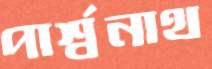
পার্শ্বনাথ